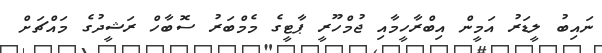
ނައިބު ލީޑަރު އަމީން އިބްރާހީމާއި ޖުމްހޫރީ ޕާޓީގެ މެމްބަރު ސޮބާހް ރަޝީދުގެ މައްޗަށް